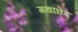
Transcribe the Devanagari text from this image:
गथाछंद